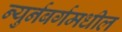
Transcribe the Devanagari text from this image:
न्युर्नबर्गमधील